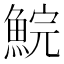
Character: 鯇